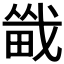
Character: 𪽚